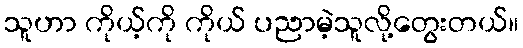
သူဟာ ကိုယ့်ကို ကိုယ် ပညာမဲ့သူလို့တွေးတယ်။